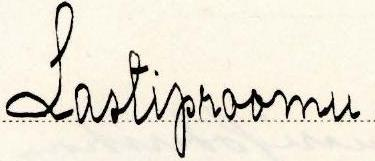
Lastiproomu